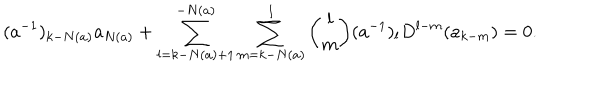
LaTeX: ( a ^ { - 1 } ) _ { k - N ( a ) } a _ { N ( a ) } + \sum _ { l = k - N ( a ) + 1 } ^ { - N ( a ) } \sum _ { m = k - N ( a ) } ^ { l } { \binom { l } { m } } ( a ^ { - 1 } ) _ { l } D ^ { l - m } ( a _ { k - m } ) = 0 .